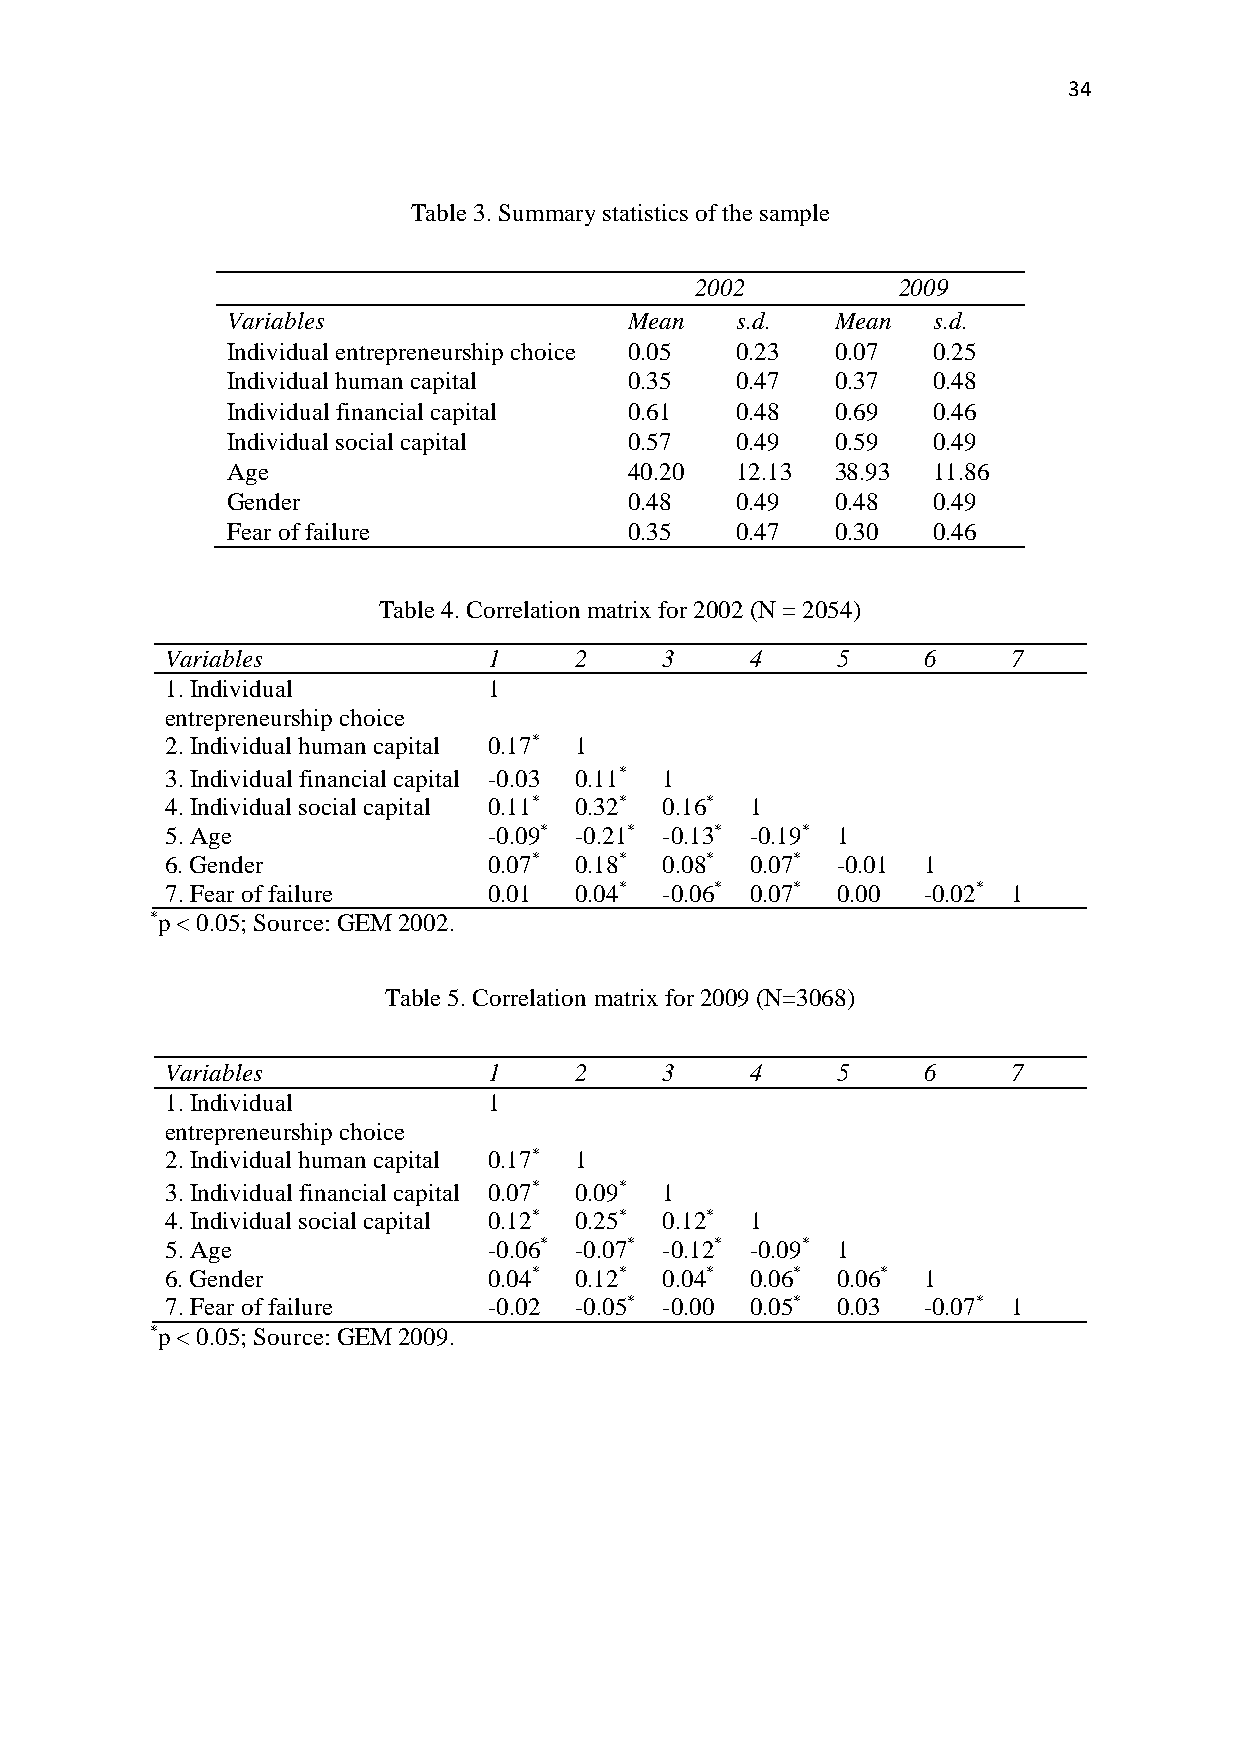
34
 Table 3. Summary statistics of the sample
 2002         2009
 Variables                  Mean   s.d.  Mean   s.d.
 Individual entrepreneurship choice 0.05 0.23 0.07 0.25
 Individual human capital   0.35   0.47  0.37   0.48
 Individual financial capital 0.61 0.48  0.69   0.46
 Individual social capital  0.57   0.49  0.59   0.49
 Age                        40.20  12.13 38.93  11.86
 Gender                     0.48   0.49  0.48   0.49
 Fear of failure            0.35   0.47  0.30   0.46
 Table 4. Correlation matrix for 2002 (N = 2054)
 Variables            1     2     3     4    5     6     7
 1. Individual        1
 entrepreneurship choice
 2. Individual human capital 0.17* 1
 3. Individual financial capital -0.03 0.11* 1
 4. Individual social capital 0.11* 0.32* 0.16* 1
 5. Age               -0.09* -0.21* -0.13* -0.19* 1
 6. Gender            0.07* 0.18* 0.08* 0.07* -0.01 1
 7. Fear of failure   0.01  0.04* -0.06* 0.07* 0.00 -0.02* 1
 *p < 0.05; Source: GEM 2002.
 Table 5. Correlation matrix for 2009 (N=3068)
 Variables            1     2     3     4    5     6     7
 1. Individual        1
 entrepreneurship choice
 2. Individual human capital 0.17* 1
 3. Individual financial capital 0.07* 0.09* 1
 4. Individual social capital 0.12* 0.25* 0.12* 1
 5. Age               -0.06* -0.07* -0.12* -0.09* 1
 6. Gender            0.04* 0.12* 0.04* 0.06* 0.06* 1
 7. Fear of failure   -0.02 -0.05* -0.00 0.05* 0.03 -0.07* 1
 *p < 0.05; Source: GEM 2009.